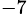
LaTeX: ^{-7}